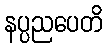
နပ္ပညပေတိ